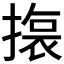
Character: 𭢆